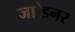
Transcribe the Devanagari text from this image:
जा॓इनर